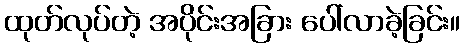
ထုတ်လုပ်တဲ့ အပိုင်းအခြား ပေါ်လာခဲ့ခြင်း။